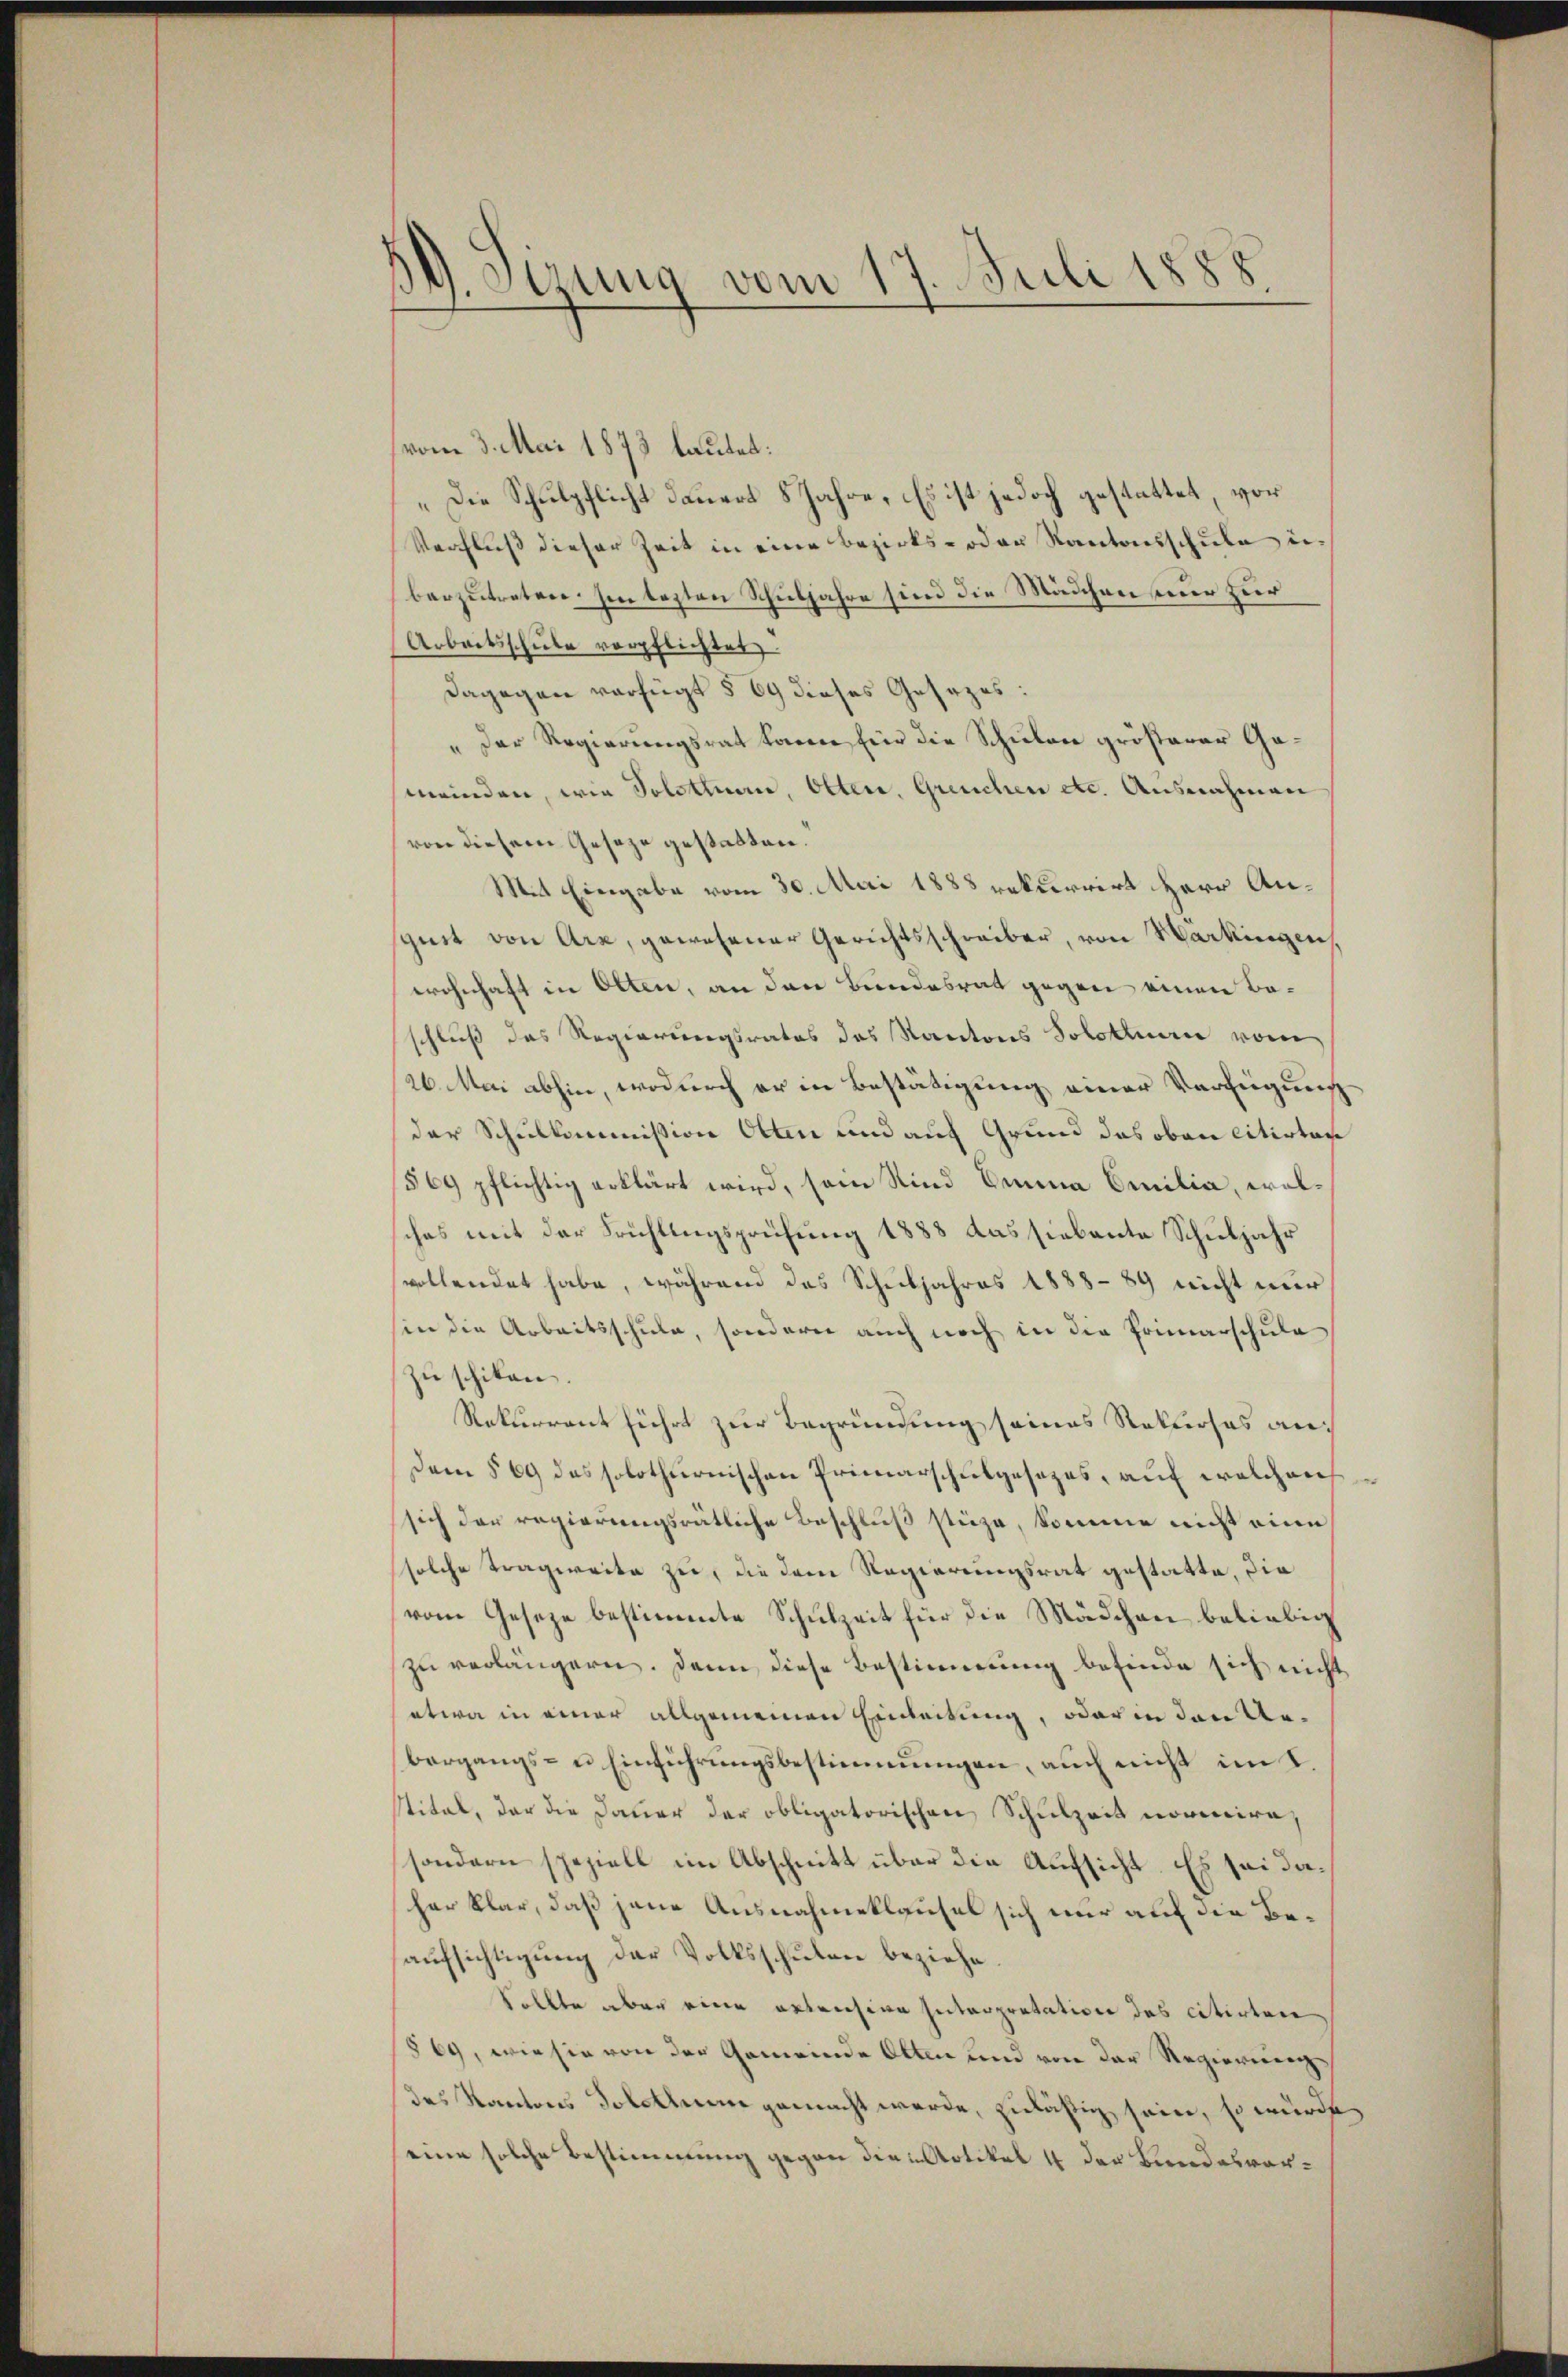
19. Sizung vom 17. Juli 1888

vom 3. Mai 1873 lautet:
Die Schulpflicht dauert 8 Jahre. Es ist jedoch gestattet, vor
Verfluß dieser Zeit in eine Bezirks- oder Kantonsschule u.
barzutreten, en tagten Schuljahre sind die Mädchen nur zur
Arbeitsschule verpflichtet.
dagegen verfügt § 69 dieses Gesezes:
„Der Regierungsrat können für die Schulen größerer Gameinden, wie Solothurn, Otten, Greuchen etc. Ausnahmen
von diesem Geseze gestatten.
Mit Eingabe vom 30. Mai 1888 rekurrirt Herr Angust von Arz, gewesener Gerichtsschreiber, von Warkingen
wohnhaft in Olten, an den Bundesrat gegen einen Beschluß das Regierungsrates des Kantons Solothurn vom
26. Mai abhin wodurch er in Bestätigung einer Verfügung
der Schulkommission Otten und auf Grund das oben citirten
§69 pflichtig erklärt wird, soin Kind Einna Emilia, wolches mit der Frühlingsprüfung 1883 das siebente Schuljahr
vollendet habe, während das Schuljahres 1888-89 nicht nur
in die Arbeitsschule, sondern auch noch in die Primarschule
zu schikon.
Rekurrent führt zur Begründung seines Rekurses an¬
Dem § 69 das solothurnischen Primarschulgesezes, auf welchens
sich der regierungsrätliche Beschluß stürze, komme nicht eine
solche Tragweite zu, die dem Regierungsrat gestatte, die
vom Geseze bestimmte Schulzeit für die Mädchen beliebig
zu verlängern. Dann diese Bestimmung befinde sich nicht
etwa in einer allgemeinen Einleitung, oder in den Anbergangs- u Einführungsbestimmungen, auch nicht im L.
Stital, der die Dauer der obligatorischen Schulzeit normire,
sondern speziell im Abschnitt über die Aufsicht. Es sei daher klar, daß jene Ausnahmeklausel sich nur auf die Beaufsichtigung der Volksschulen beziehe.
Sollte aber eine ertriesige Interpretation des citirten
(§69, wie sie von der Gemeinde Otten und von der Regierung
des Kantons Solothum gemacht werde, zuläßig sein, so würde
eine solche Bestimmung gegen die Artikel 4 der Bundesvor¬